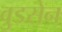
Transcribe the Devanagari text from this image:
वुडसेन